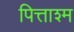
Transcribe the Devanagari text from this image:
पित्ताश्म